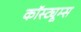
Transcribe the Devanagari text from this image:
कॉस्ट्यूम्स